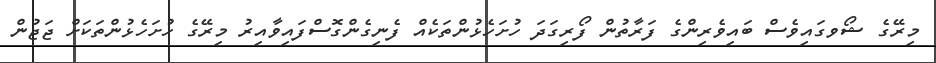
މިރޭގެ ޝޯވގައިވެސް ބައިވެރިންގެ ފަރާތުން ފޯރިގަދަ ހުށަހެޅުންތަކެއް ފެނިގެންގޮސްފައިވާއިރު މިރޭގެ ހުށަހެޅުންތަކަށް ޖަޖުން